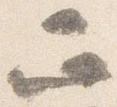
正